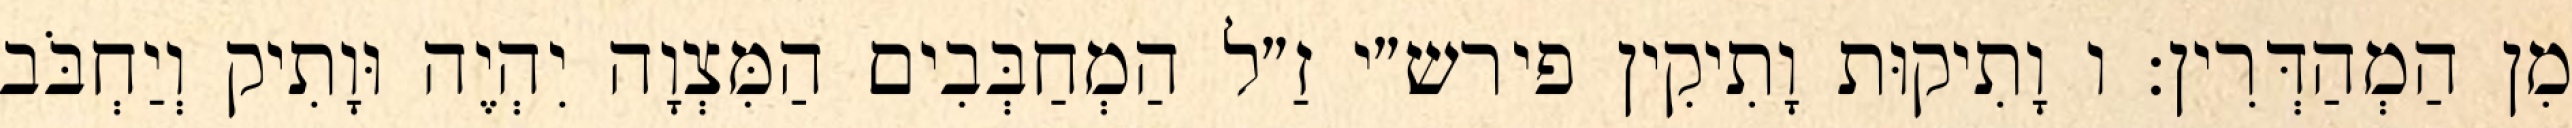
מִן הַמְהַדְּרִין: ו וָתִיקוּת וָתִיקִין פירש״י זַ״ל הַמְחַבְּבִים הַמִּצְוָה יִהְיֶה וּוָתִיק וְיַחְבֹּב